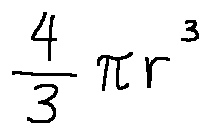
\frac { 4 } { 3 } \pi r ^ { 3 }